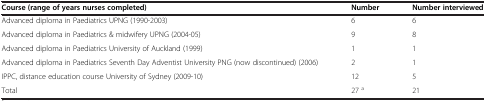
| Course (range of years nurses completed) | Number | Number interviewed |
 | --- | --- | --- |
 | Advanced diploma in Paediatrics UPNG (1990-2003) | 6 | 6 |
 | Advanced diploma in Paediatrics & midwifery UPNG (2004-05) | 9 | 8 |
 | Advanced diploma in Paediatrics University of Auckland (1999) | 1 | 1 |
 | Advanced diploma in Paediatrics Seventh Day Adventist University PNG (now discontinued) (2006) | 2 | 1 |
 | IPPC, distance education course University of Sydney (2009-10) | 12 | 5 |
 | Total | 27 a | 21 |